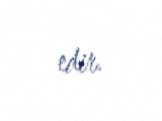
edir.